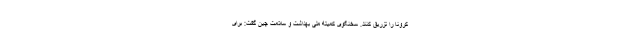
کرونا را تزریق کنند. سخنگوی کمیته ملی بهداشت و سلامت چین گفت: برای